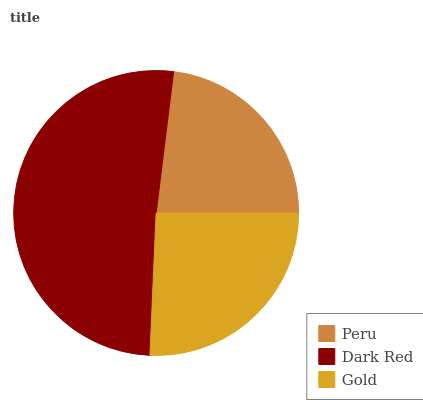
| Peru | Dark Red | Gold |
 | --- | --- | --- |
 | 23.1% | 51.3% | 25.6% |